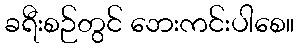
ခရီးစဉ်တွင် ဘေးကင်းပါစေ။